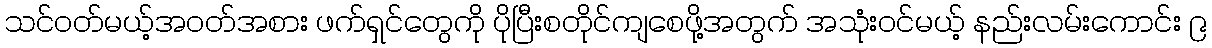
သင်ဝတ်မယ့်အဝတ်အစား ဖက်ရှင်တွေကို ပိုပြီးစတိုင်ကျစေဖို့အတွက် အသုံးဝင်မယ့် နည်းလမ်းကောင်း ၉